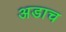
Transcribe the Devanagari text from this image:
अडाच